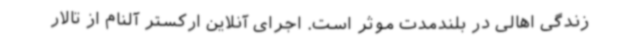
زندگی اهالی در بلندمدت موثر است. اجرای آنلاین ارکستر آلنام از تالار